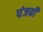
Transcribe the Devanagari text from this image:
पंजबी